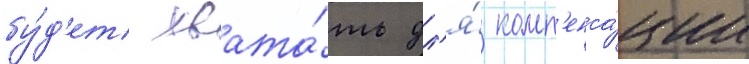
бу́д'ет хвата́ть дл'я́ комп'енса́ции